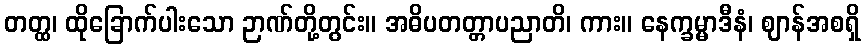
တတ္ထ၊ ထိုခြောက်ပါးသော ဉာဏ်တို့တွင်း။ အဓိပတတ္တာပညာတိ၊ ကား။ နေက္ခမ္မာဒီနံ၊ ဈာန်အစရှိ